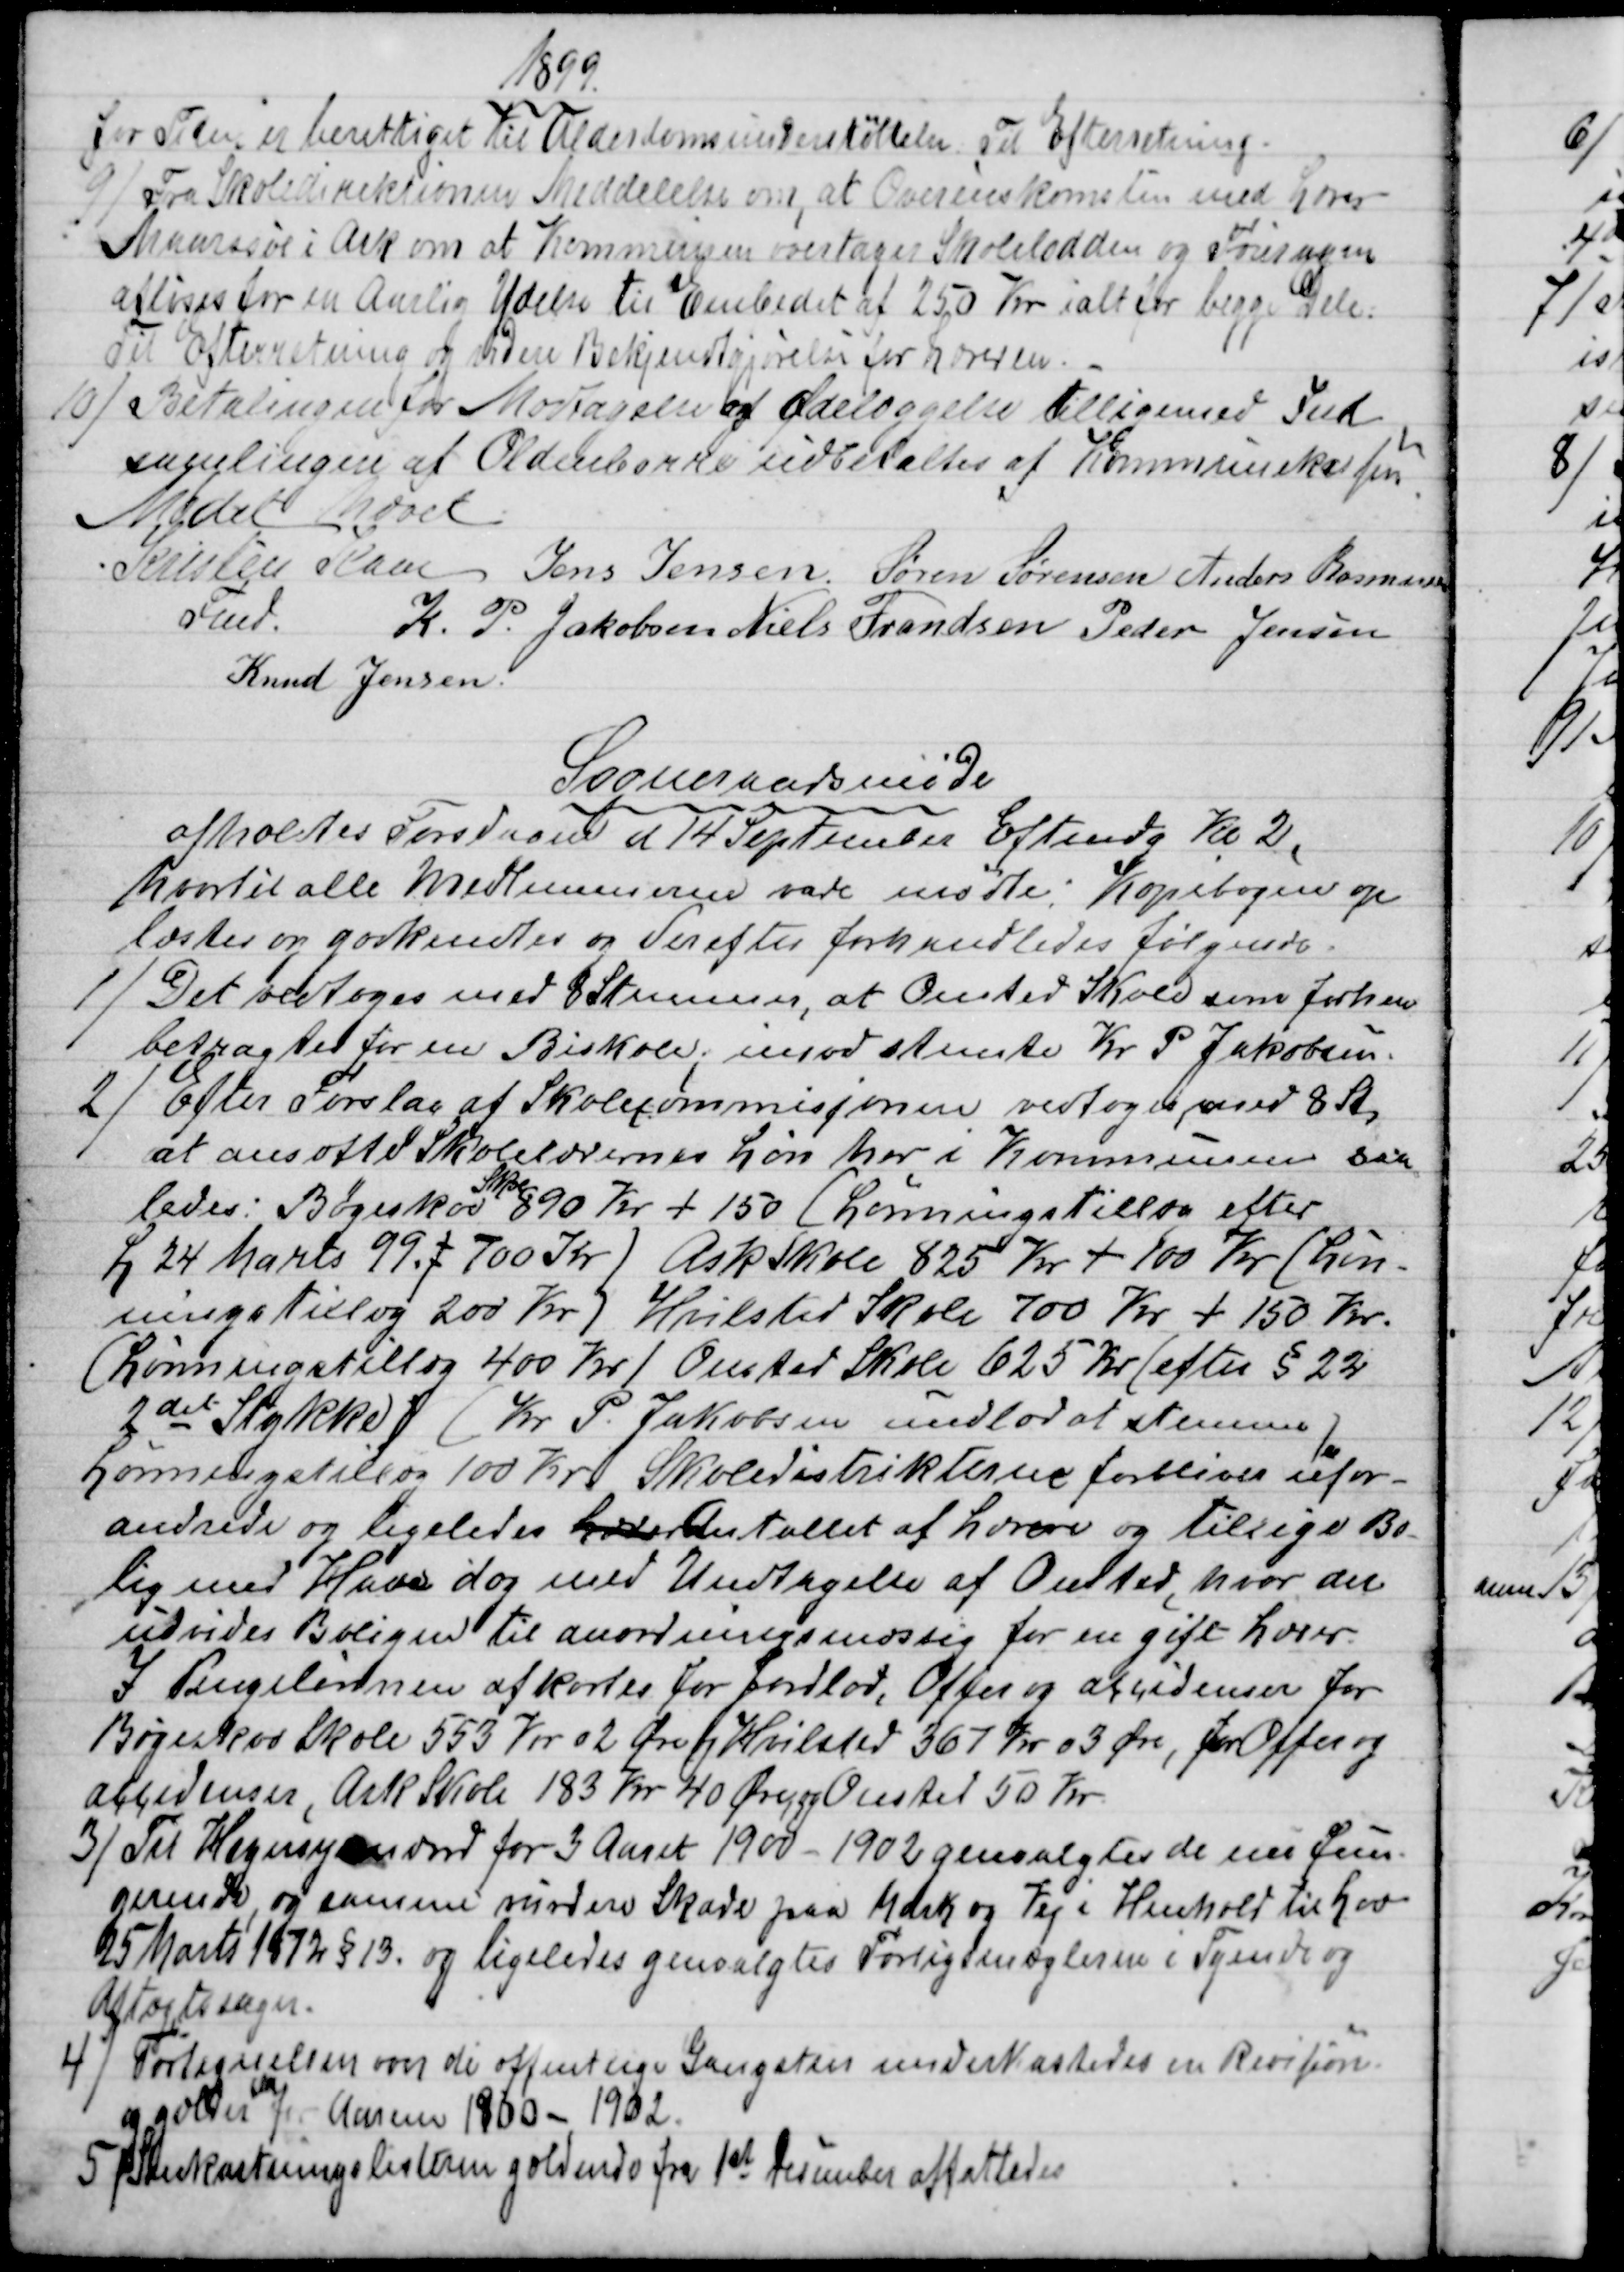
Transskription:
1899.
for Tiden er berettiget til Alderdomsunderstøttelse; Til Efterretning.
9)
Fra Skoledirektionen Meddelelse om, at Overenskomsten med Lærer
Maarssøe i Ask om at Kommunen overtager Skolelodden og Fouragen
afløses for en Aarlig Ydelse til Embedet af 250 Kr ialt for begge Dele:
Til Efterretning og videre Bekjendtgørelse for Læreren.
10)
Betalingen for Modtagelse og Ødelæggelse tilligemed Ind
samlingen af Oldenborre udbetaltes af Kommunekassen
Mødet hævet.
Kristen Kaae  
Fmd.
Jens Jensen  Søren Sørensen  Anders Rasmussen
K. P. Jakobsen  Niels Frandsen  Peder Jensen
Knud Jensen.
Sogneraadsmøde
afholdtes Torsdagen d 14 September Eftmdg Kl. 2,
hvortil alle Medlemmerne vare mødte; Kopibogen op
læstes og godkendtes og derefter forhandledes følgende.
1)
Det vedtoges med 8 Stemmer, at Onsted Skole som forhen
betragtes for en Biskole; imod stemte Kr P Jakobsen.
2)
Efter Forslag af Skolecommisjonen vedtoges med 8 St
at ansætte Skolelærernes Løn her i Kommunen saa
ledes: Bøgeskov 
Skole
890 Kr + 150 (Lønningstillæg efter
L 24 Marts 99,: 700 Kr) Ask Skole 825 Kr + 100 Kr. (Løn-
ningstillæg 200 Kr) Hvilsted Skole 700 Kr + 150 Kr.
(Lønningstillig 400 Kr)  Onsted Skole 625 Kr (efter § 22
2det Stykke) (Kr. P. Jakobsen undlod at stemme)
Lønningstillæg 100 Kr. Skoledistrikterne forbliver ufor-
andrede og ligeledes Lærer Antallet af Lærere og tillige Bo-
lig med Have dog med Undtagelse af Onsted, hvor der
udvides Boligen til anordningsmæssig for en gift Lærer.
I Pengelønnen afkortes for Jordlod, Offer og accidenser for
Bøgeskov Skole 553 Kr 02 Øre f. Hvilsted 367 Kr 03 Øre, for Offer og
accidenser, Ask Skole 183 Kr 40 Øre og Onsted 50 Kr.
3)
Til Hegnsynsmænd for 3 Aaret 1900 - 1902 genvalgtes de nu fun-
gerende, og samme vurdere Skade paa Mark og Vej i Henhold til Lov
25 Marts 1872 § 13. og ligeledes genvalgtes Forligsmæglerne i Tyende og
Aftægtssager.
4)
Fortegnelsen over de offentlige Gangstier underkastedes en Revision.
og gælder 
da
for Aarene 1900 - 1902.
5)
Snekastningslisterne gældende fra 1st December affattedes